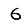
Digit: 6